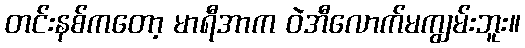
တင်းနစ်ကတော့ မာရီအာက ဝဲအီလောက်မကျွမ်းဘူး။